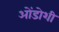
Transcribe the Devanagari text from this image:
ओंडोशी